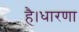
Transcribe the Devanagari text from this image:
है।धारणा